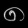
Digit: ၈